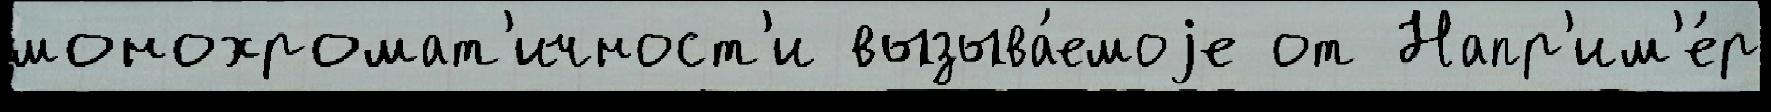
монохромат'ичност'и вызыва́емоjе от Напр'им'е́р